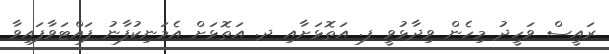
ރައީސް ވަހީދު މިހެން ވިދާޅުވީ ފ. އަތޮޅަށާއި ދ. އަތޮޅަށް އެމަނިކުފާނު ފައްޓަވާފައިވާ